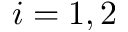
i = 1 , 2